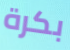
بكرة